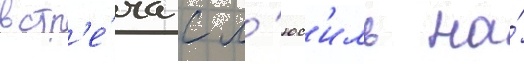
встр'е́ча с л'юс'иль на́